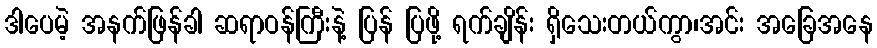
ဒါပေမဲ့ အနက်ဖြန်ခါ ဆရာဝန်ကြီးနဲ့ ပြန် ပြဖို့ ရက်ချိန်း ရှိသေးတယ်ကွာ၊အင်း အခြေအနေ